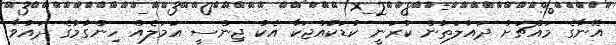
އޭނާގެ މައްޗަށް ދައުލަތުން ކުރަނީ ކުޑަކުއްޖަކާ އެކު ޖިންސީ އަމަލެއް ހިންގުމުގެ ދައުވާ